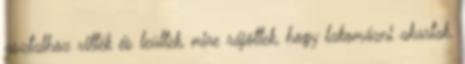
asztalhoz vitték és leültek, mire rájöttek, hogy lakomázni akartak.